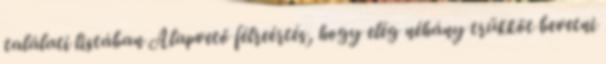
találati listában Alapvető félreértés, hogy elég néhány trükköt bevetni